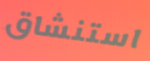
استنشاق